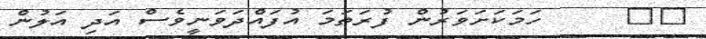
١٣     ހަމަކަށަވަރުން ފުރަތަމަ އުފައްދަވަނީވެސް އަދި އަލުން